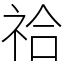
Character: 祫